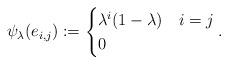
LaTeX: \begin{align*}\psi_\lambda(e_{i,j}):=\begin{cases} \lambda^i(1-\lambda) & i=j\\ 0 & \end{cases}.\end{align*}